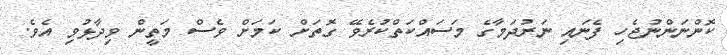
ކޮންނަންނުޖެހި ފެނައި ނަރުދަމާގެ މަސައްކަތްކުރެވޭ ގޮތަށް ކަމަށް ވެސް މަތީން ވިދާޅުވި އެވެ.